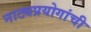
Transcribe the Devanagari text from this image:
नाट्यप्रयोगांची